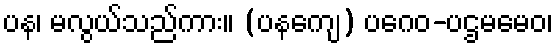
ပန၊ မလွယ်သည်ကား။ (ပနကျေ) ပဂေဝ-ပဌမမေဝ၊